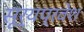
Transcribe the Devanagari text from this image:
सूर्यप्रवेश